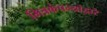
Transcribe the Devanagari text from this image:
मित्रकंपन्यांद्वारे